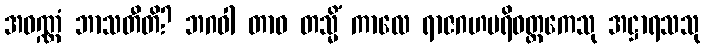
အဝဏ္ဏံ ဘာသတီတိ? ဘဂဝါ တာဝ တသ္မိံ ကာလေ ရာဇဂဟပရိဝတ္တကေသု အဋ္ဌာရသသု